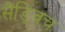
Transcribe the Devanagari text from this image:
सैंड्विच